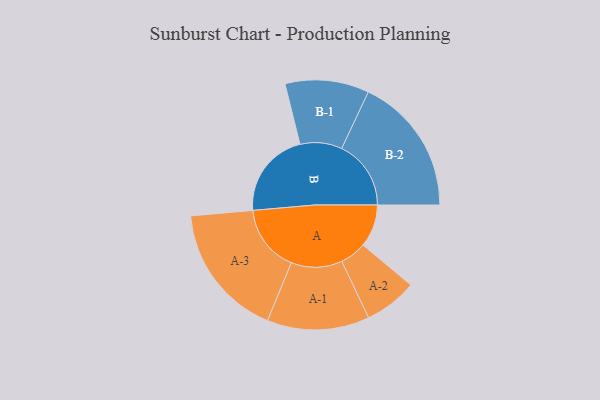
{"axis": {"x": "Segment", "y": "Value"}, "legend": ["", "A", "B"], "data": [{"x": "A", "y": 171, "type": ""}, {"x": "B", "y": 348, "type": ""}, {"x": "A-1", "y": 205, "type": "A"}, {"x": "A-2", "y": 106, "type": "A"}, {"x": "A-3", "y": 269, "type": "A"}, {"x": "B-1", "y": 168, "type": "B"}, {"x": "B-2", "y": 278, "type": "B"}]}